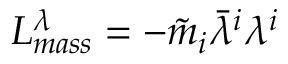
{ \cal L } _ { m a s s } ^ { \lambda } = - { \tilde { m } } _ { i } \bar { \lambda } ^ { i } \lambda ^ { i }